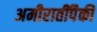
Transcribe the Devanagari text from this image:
अमीरातींपैकी